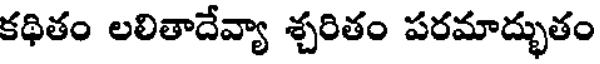
కథితం లలితాదేవ్యా శ్చరితం పరమాద్భుతం